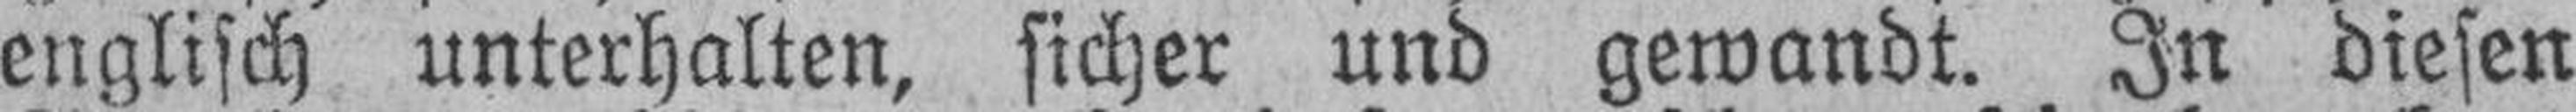
englisch unterhalten, sicher und gewandt. In diesen